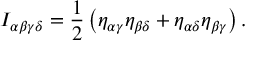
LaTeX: I _ { \alpha \beta \gamma \delta } = \frac { 1 } { 2 } \left( \eta _ { \alpha \gamma } \eta _ { \beta \delta } + \eta _ { \alpha \delta } \eta _ { \beta \gamma } \right) .